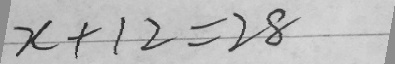
x + 1 2 = 2 8